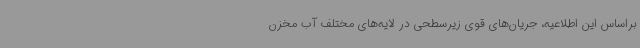
براساس این اطلاعیه، جریان‌های قوی زیرسطحی در لایه‌های مختلف آب مخزن